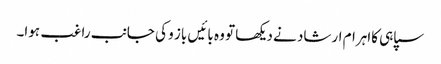
سپاہی کااہرام ارشاد نے دیکھا تو وہ بائیں باز و کی جانب راغب ہوا۔